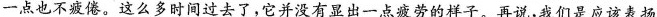
一点也不疲倦。这么多时间过去了，它并没有显出一点疲劳的样子。再说，我们是应该表扬